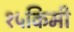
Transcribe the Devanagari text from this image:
१५किमी